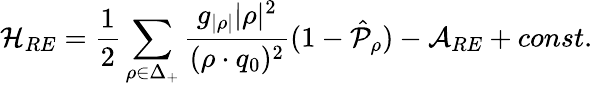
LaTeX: {\cal H}_{RE}={\frac{1}{2}}\sum_{\rho\in\Delta_{+}}{\frac{g_{|\rho|}|\rho|^{2}}{(\rho\cdot q_{0})^{2}}}(1-\hat{\cal P}_{\rho})-{\cal A}_{RE}+const.